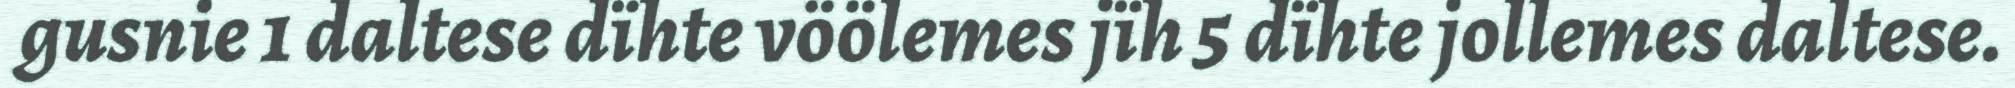
gusnie 1 daltese dïhte vöölemes jïh 5 dïhte jollemes daltese.